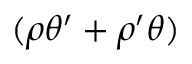
( \rho \theta ^ { \prime } + \rho ^ { \prime } \theta )